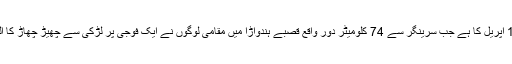
یہ معاملہ 12 اپریل کا ہے جب سرینگر سے 74 کلومیٹر دور واقع قصبے ہندواڑا میں مقامی لوگوں نے ایک فوجی پر لڑکی سے چھیڑ چھاڑ کا الزام لگایا تھا۔